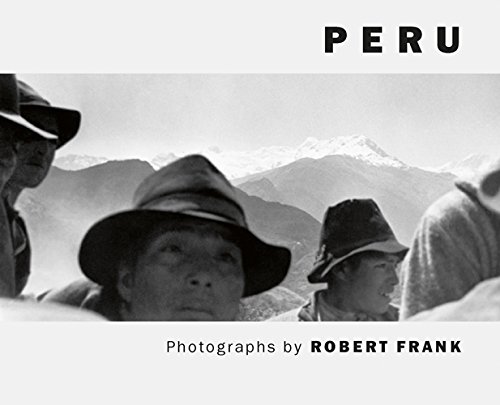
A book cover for Peru: Photographs; Arts & Photography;